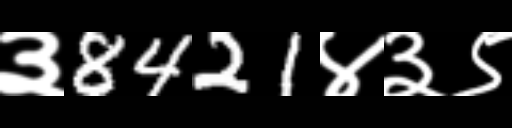
Text: ३8421४३९